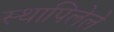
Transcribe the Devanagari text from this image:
स्थापिलेले